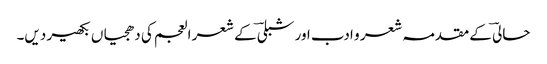
حالیؔ کے مقدمہ شعر و ادب اور شبلیؔ کے شعر العجم کی دھجیاں بکھیر دیں۔